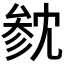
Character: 𪠟